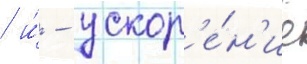
/ и́ - ускор'е́н'ие